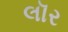
લૉર